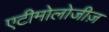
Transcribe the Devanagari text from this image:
एटीमोलोजीज़